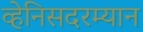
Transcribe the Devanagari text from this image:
व्हेनिसदरम्यान